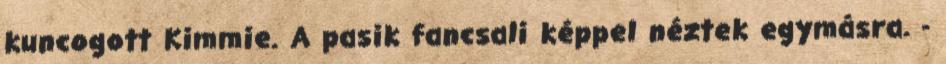
kuncogott Kimmie. A pasik fancsali képpel néztek egymásra. -